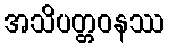
အသိပတ္တဝနဿ